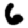
Digit: 6